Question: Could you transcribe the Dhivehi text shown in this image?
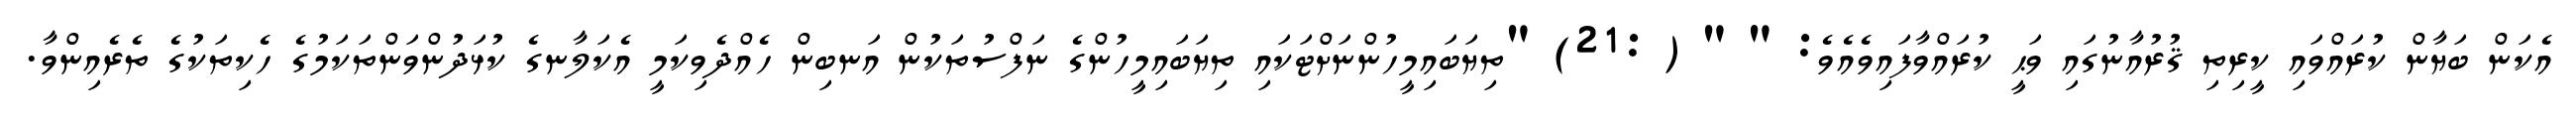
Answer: އެކަން ބަޔާން ކުރައްވައި ކީރިތި ޤުރުއާނުގައި ވަޙީ ކުރައްވާފައިވެއެވެ: " " ( :21) "ތިޔަބައިމީހުންނަށްޓަކައި ތިޔަބައިމީހުންގެ ނަފްސުތަކުން އަނބިން ހެއްދެވިކަމީ އެކަލާނގެ ކުޅަދުންވަންތަކަމުގެ ހެކިތަކުގެ ތެރެއިންވާ.